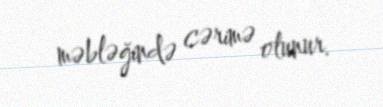
məbləğində cərimə olunur.